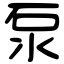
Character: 泵